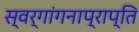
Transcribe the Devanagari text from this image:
स्वर्गांगनाप्राप्ति